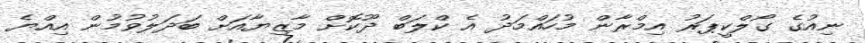
ނިއުގެ ގޯލްކީޕަރު އިމްރާން މުހައްމަދު އެ ކްލަބް ދޫކޮށް މާޒިޔާއަށް ބަދަލުވުމުން އިއްޔެ